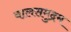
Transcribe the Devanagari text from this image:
बालसमुद्रम